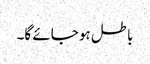
باطل ہو جائے گا۔